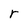
Character: r